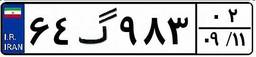
۶۴گ۹۸۳۰۲